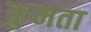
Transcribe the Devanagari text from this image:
कुमता